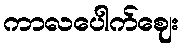
ကာလပေါက်ဈေး